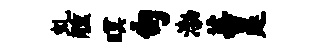
虬醺暝句渤蕃延